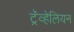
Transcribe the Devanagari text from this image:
ट्रॅव्हेलियन